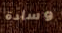
وسادة